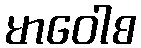
မာဝေါစ